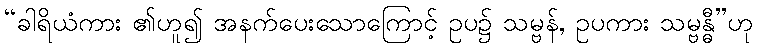
“ခါရိယံကား ၏ဟူ၍ အနက်ပေးသောကြောင့် ဥပ၌ သမ္ဗန်, ဥပကား သမ္ဗန္ဓီ”ဟု